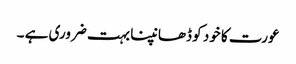
عورت کا خود کو ڈھانپنا بہت ضروری ہے ۔